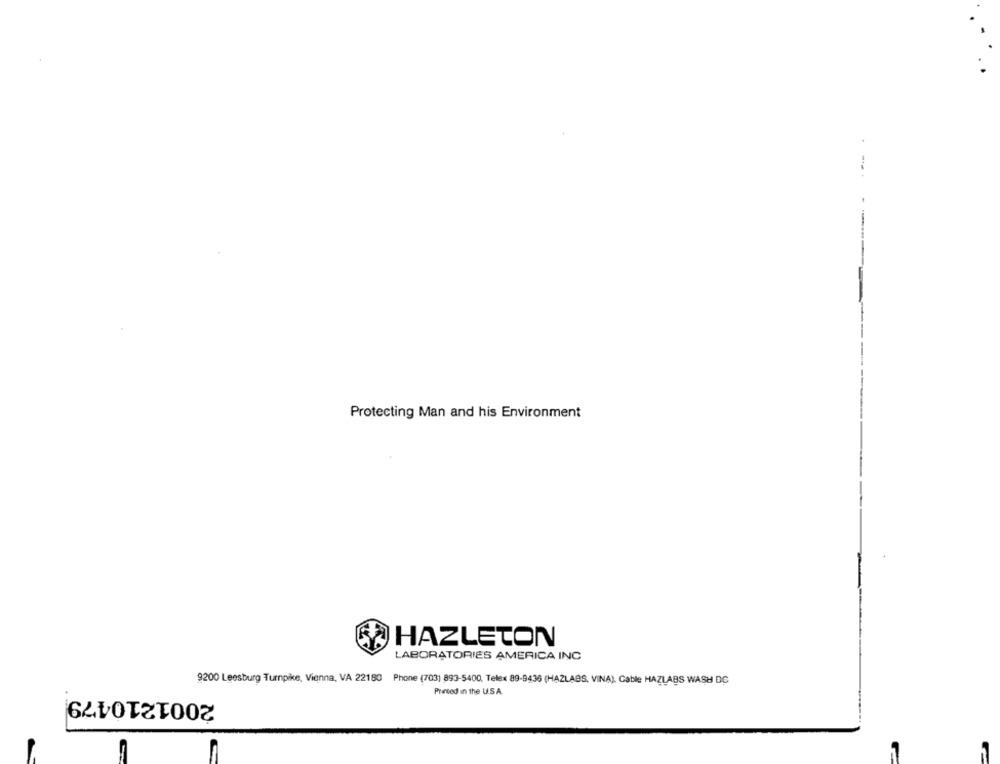
Protecting Man and his Environment
HAZLETON
LABORATORIES AMERICA INC
9200 Leesburg Turnpike, Vienna, VA 22180 Phone (703) 893-5400, Telex 89-9436 (HAZLABS, VINA). Cable HAZLABS WASH DC
2001210479
Printed in the U.S.A.